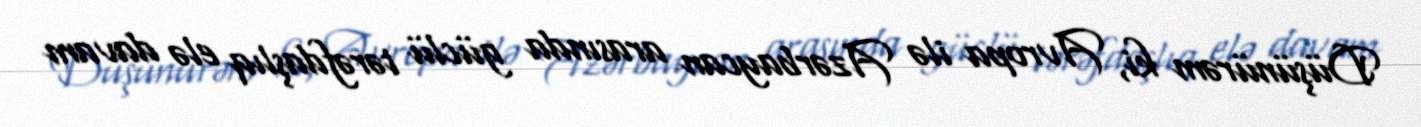
Düşünürəm ki, Avropa ilə Azərbaycan arasında güclü tərəfdaşlıq elə davam